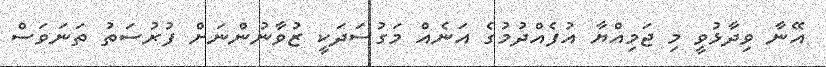
އޭނާ ވިދާޅުވީ މި ޖަމިއްޔާ އުފެއްދުމުގެ އަނެއް މަގުސަދަކީ ޒުވާނުންނަށް ފުރުސަތު ތަނަަވަސް